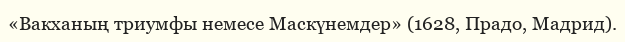
«Вакханың триумфы немесе Маскүнемдер» (1628, Прадо, Мадрид).